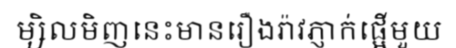
ម្សិលមិញនេះមានរឿងរ៉ាវភ្ញាក់ផ្អើមួយ